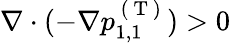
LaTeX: \nabla\cdot(-\nabla p_{1,1}^{\mathrm{~(~T~)~}})>0